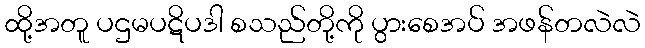
ထို့အတူ ပဌမပဋိပဒါ စသည်တို့ကို ပွားစေအပ် အဖန်တလဲလဲ